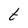
Character: t